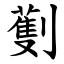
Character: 劐